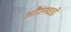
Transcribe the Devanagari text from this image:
आँगनवाडी